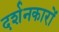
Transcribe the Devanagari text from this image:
दर्शनकारों